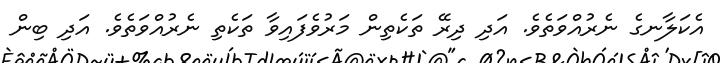
އެކަލާނގެ ނެރުއްވަތެވެ. އަދި ދިރޭ ތަކެތިން މަރުވެފައިވާ ތަކެތި ނެރުއްވަތެވެ. އަދި ބިން